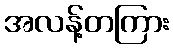
အလန့်တကြား